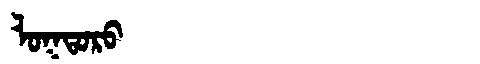
Manchu: ᠯᠣᡴᡨᠣᡵᠣ
Romanization: LOKTORO